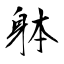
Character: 躰